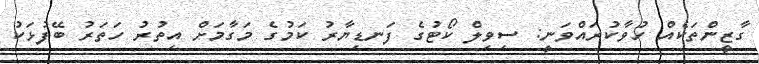
ގާޒީންތަކެއް ހުވާކުރައްވަނީ: ސިވިލް ކޯޓުގެ ފަނޑިޔާރު ކަމުގެ މަގާމަށް އިތުރު ހަތަރު ބޭފުޅަކު